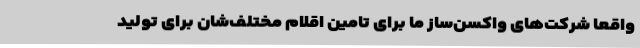
واقعا شرکت‌های واکسن‌ساز ما برای تامین اقلام مختلف‌شان برای تولید